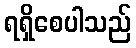
ရရှိစေပါသည်